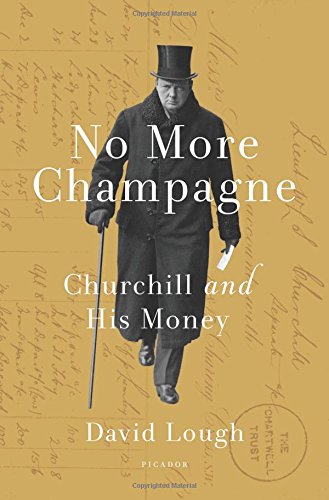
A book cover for No More Champagne: Churchill and His Money; David Lough; Biographies & Memoirs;